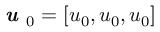
\textbf { \em u } _ { 0 } = [ u _ { 0 } , u _ { 0 } , u _ { 0 } ]